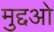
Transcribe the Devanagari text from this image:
मुद्दओ